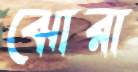
ঝোরা